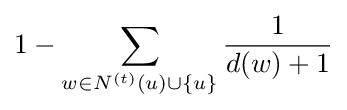
1-\sum _{w\in N^{(t)}(u)\cup \{u\}}{\frac {1}{d(w)+1}}